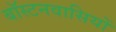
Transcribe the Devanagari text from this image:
बॉस्टनवासियों